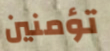
تؤمنين